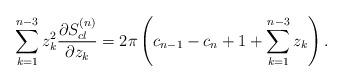
LaTeX: \begin{align*}\sum_{k=1}^{n-3}z_k^2{\partial S^{(n)}_{cl}\over \partial z_k}=2\pi \left(c_{n-1}-c_n+1+\sum_{k=1}^{n-3}z_k\right).\end{align*}